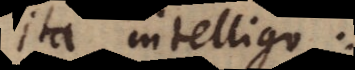
ita intelligo: